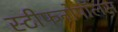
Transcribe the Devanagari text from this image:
स्टीफनोपॉलस